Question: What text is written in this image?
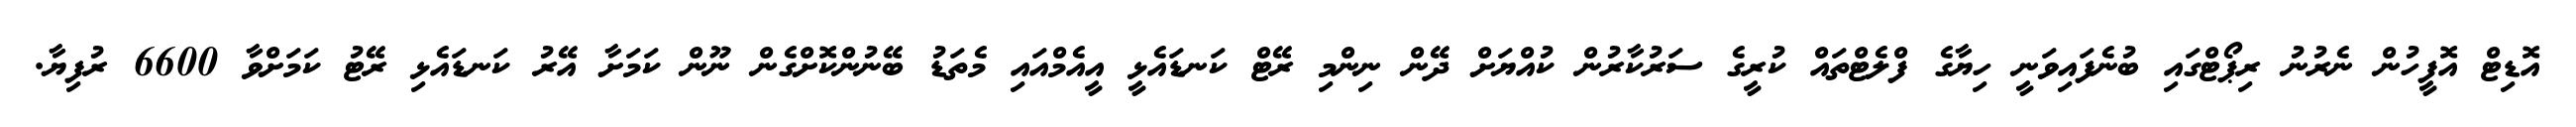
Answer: އޮޑިޓް އޮފީހުން ނެރުނު ރިޕޯޓްގައި ބުނެފައިވަނީ ހިޔާގެ ފްލެޓްތައް ކުރީގެ ސަރުކާރުން ކުއްޔަށް ދޭން ނިންމި ރޭޓް ކަނޑައެޅީ އީއެމްއައި މެތަޑު ބޭނުންކޮށްގެން ނޫން ކަމަށާ އޭރު ކަނޑައެޅި ރޭޓު ކަމަށްވާ 6600 ރުފިޔާ.